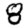
Digit: 8